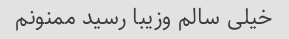
خیلی سالم و‌زیبا رسید ممنونم